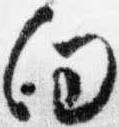
向